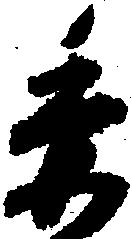
委